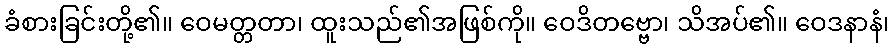
ခံစားခြင်းတို့၏။ ဝေမတ္တတာ၊ ထူးသည်၏အဖြစ်ကို။ ဝေဒိတဗ္ဗော၊ သိအပ်၏။ ဝေဒနာနံ၊